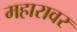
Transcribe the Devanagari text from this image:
महारावर